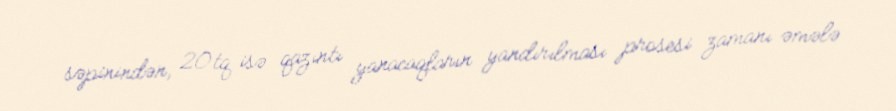
səpinindən, 20tq isə qazıntı yanacaqların yandırılması prosesi zamanı əmələ